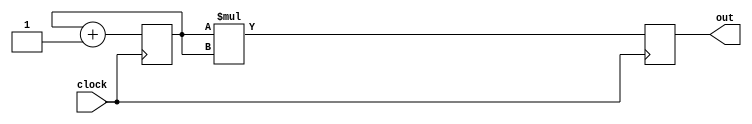
module multest(clock, out);

input clock;
output reg [7:0] out = 0;
reg [7:0] a = 0;
// reg [7:0] b = 0;

always @(posedge clock)
begin
	out <= a * a;
  a   <= a + 1;
//  b   <= b + 1;
end

endmodule